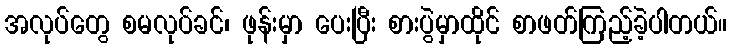
အလုပ်တွေ စမလုပ်ခင်၊ ဖုန်းမှာ ပေးပြီး စားပွဲမှာထိုင် စာဖတ်ကြည့်ခဲ့ပါတယ်။